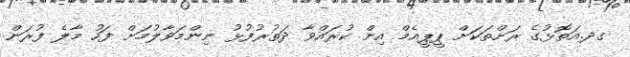
ގދ.އަތޮޅުގެ ރަށްތަކަށް ޕީޕީއެމް އިން ކުރައްވާ ދަތުރުފުޅު ނިންމަވާލުމަށް ފަހު މާލެ ފުރަން